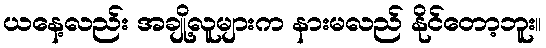
ယနေ့လည်း အချို့လူများက နားမလည် နိုင်တော့ဘူး။